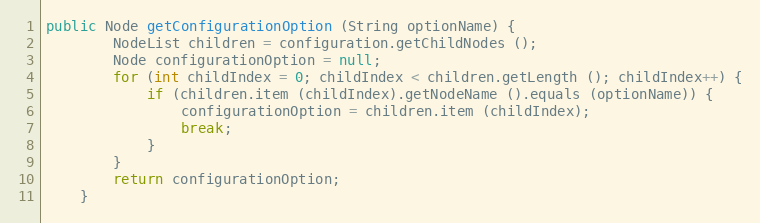
Language: Java
public Node getConfigurationOption (String optionName) {
		NodeList children = configuration.getChildNodes ();
		Node configurationOption = null;
		for (int childIndex = 0; childIndex < children.getLength (); childIndex++) {
			if (children.item (childIndex).getNodeName ().equals (optionName)) {
				configurationOption = children.item (childIndex);
				break;
			}
		}
		return configurationOption;
	}